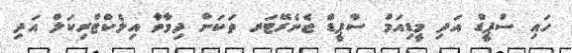
ހައި ސްޕީޑް އަދި މީޑިއަމް ސްޕީޑް ޖެނެރޭޓަރ ތަކަށް ދިމާވާ އިލެކްޓްރިކަލް އަދި